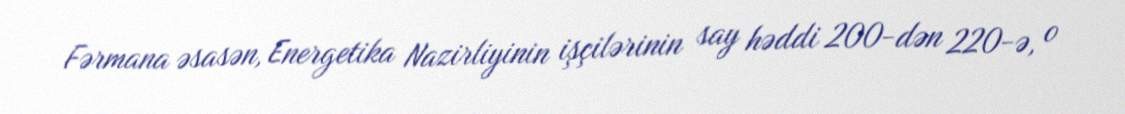
Fərmana əsasən, Energetika Nazirliyinin işçilərinin say həddi 200-dən 220-ə, o